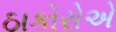
ઠાકોરોએ